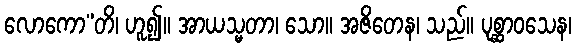
လောကော”တိ၊ ဟူ၍။ အာယသ္မတာ၊ သော။ အဇိတေန၊ သည်။ ပုစ္ဆာဝသေန၊